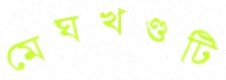
মেঘখণ্ডটি